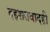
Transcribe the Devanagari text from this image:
दहशतवादही